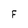
Character: f